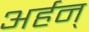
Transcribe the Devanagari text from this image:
अर्हन्